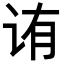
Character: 𬣩